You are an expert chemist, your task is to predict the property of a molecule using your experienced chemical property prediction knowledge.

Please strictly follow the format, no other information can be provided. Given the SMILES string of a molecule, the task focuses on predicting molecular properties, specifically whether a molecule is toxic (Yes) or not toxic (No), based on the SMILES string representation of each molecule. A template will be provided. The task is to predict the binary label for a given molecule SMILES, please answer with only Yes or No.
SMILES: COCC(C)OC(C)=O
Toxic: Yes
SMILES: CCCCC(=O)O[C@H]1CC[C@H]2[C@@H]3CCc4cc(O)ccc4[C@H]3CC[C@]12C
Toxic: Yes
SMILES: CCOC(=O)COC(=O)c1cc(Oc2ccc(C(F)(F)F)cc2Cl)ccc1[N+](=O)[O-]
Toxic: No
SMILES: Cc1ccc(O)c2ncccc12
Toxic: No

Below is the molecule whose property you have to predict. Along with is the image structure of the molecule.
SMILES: O=S(=O)([O-])SSS(=O)(=O)[O-]
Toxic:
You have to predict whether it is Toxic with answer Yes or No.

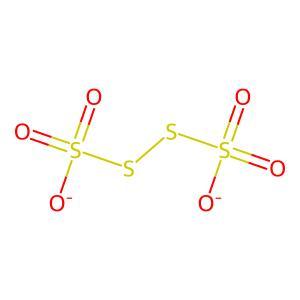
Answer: No